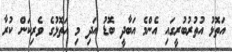
އަތޮޅު އުތުރުބުރީގައި އެންމެ އަބާދީ ބޮޑު އަދި މި އަތޮޅުގެ ވެރިކަން ކުރާ